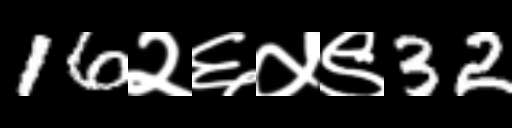
Text: 16२६५९32